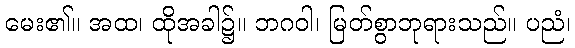
မေး၏။ အထ၊ ထိုအခါ၌။ ဘဂဝါ၊ မြတ်စွာဘုရားသည်။ ပညံ၊